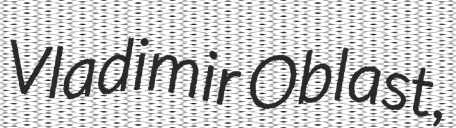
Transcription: Vladimir Oblast,